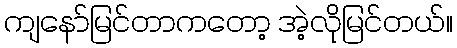
ကျနော်မြင်တာကတော့ အဲ့လိုမြင်တယ်။